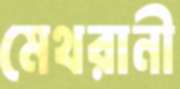
মেথরানী